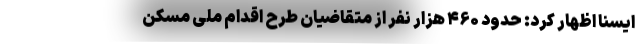
ایسنا اظهار کرد: حدود ۴۶۰ هزار نفر از متقاضیان طرح اقدام ملی مسکن